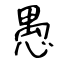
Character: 愚